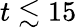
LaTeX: t\lesssim 15